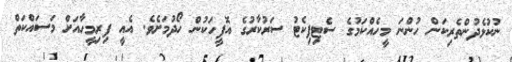
ނުކުޅެދުންތެރިކަން ހުންނަ މީހެއްކަމުގެ ސެޓިފިކެޓު ސަރުކާރުގެ އޮފީހަކުން ހޯދުމަށެވެ. އެއީ ފިރިމީހާއަށް މަސައްކަތް